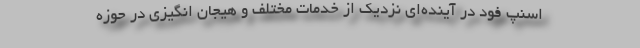
اسنپ فود در آینده‌ای نزدیک از خدمات مختلف و هیجان انگیزی در حوزه